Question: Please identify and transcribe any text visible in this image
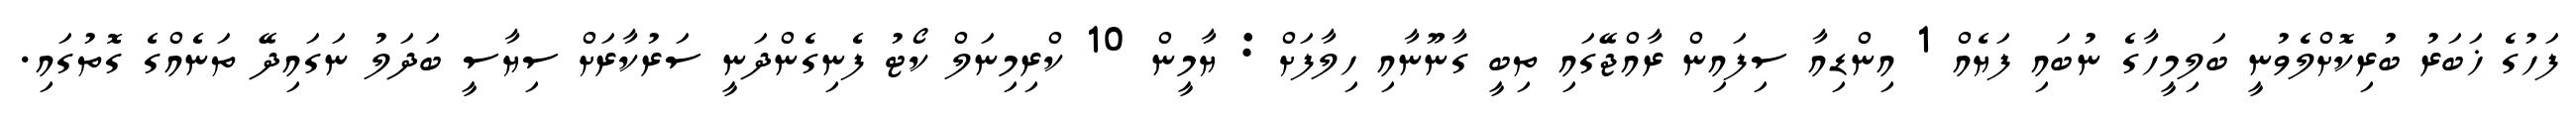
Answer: ފަހުގެ ޚަބަރު ބުރިކޮށްލެވުނީ ބަލިމީހާގެ ނުބައި ފަޔެއް 1 އިންޑިއާ ސިފައިން ރާއްޖޭގައި ތިބީ ގާނޫނާއި ހިލާފަށް : ޔާމީން 10 ކްރިމިނަލް ކޯޓު ފެނިގެންދަނީ ސަރުކާރަށް ސިޔާސީ ބަދަލު ނަގައިދޭ ތަނެއްގެ ގޮތުގައި.